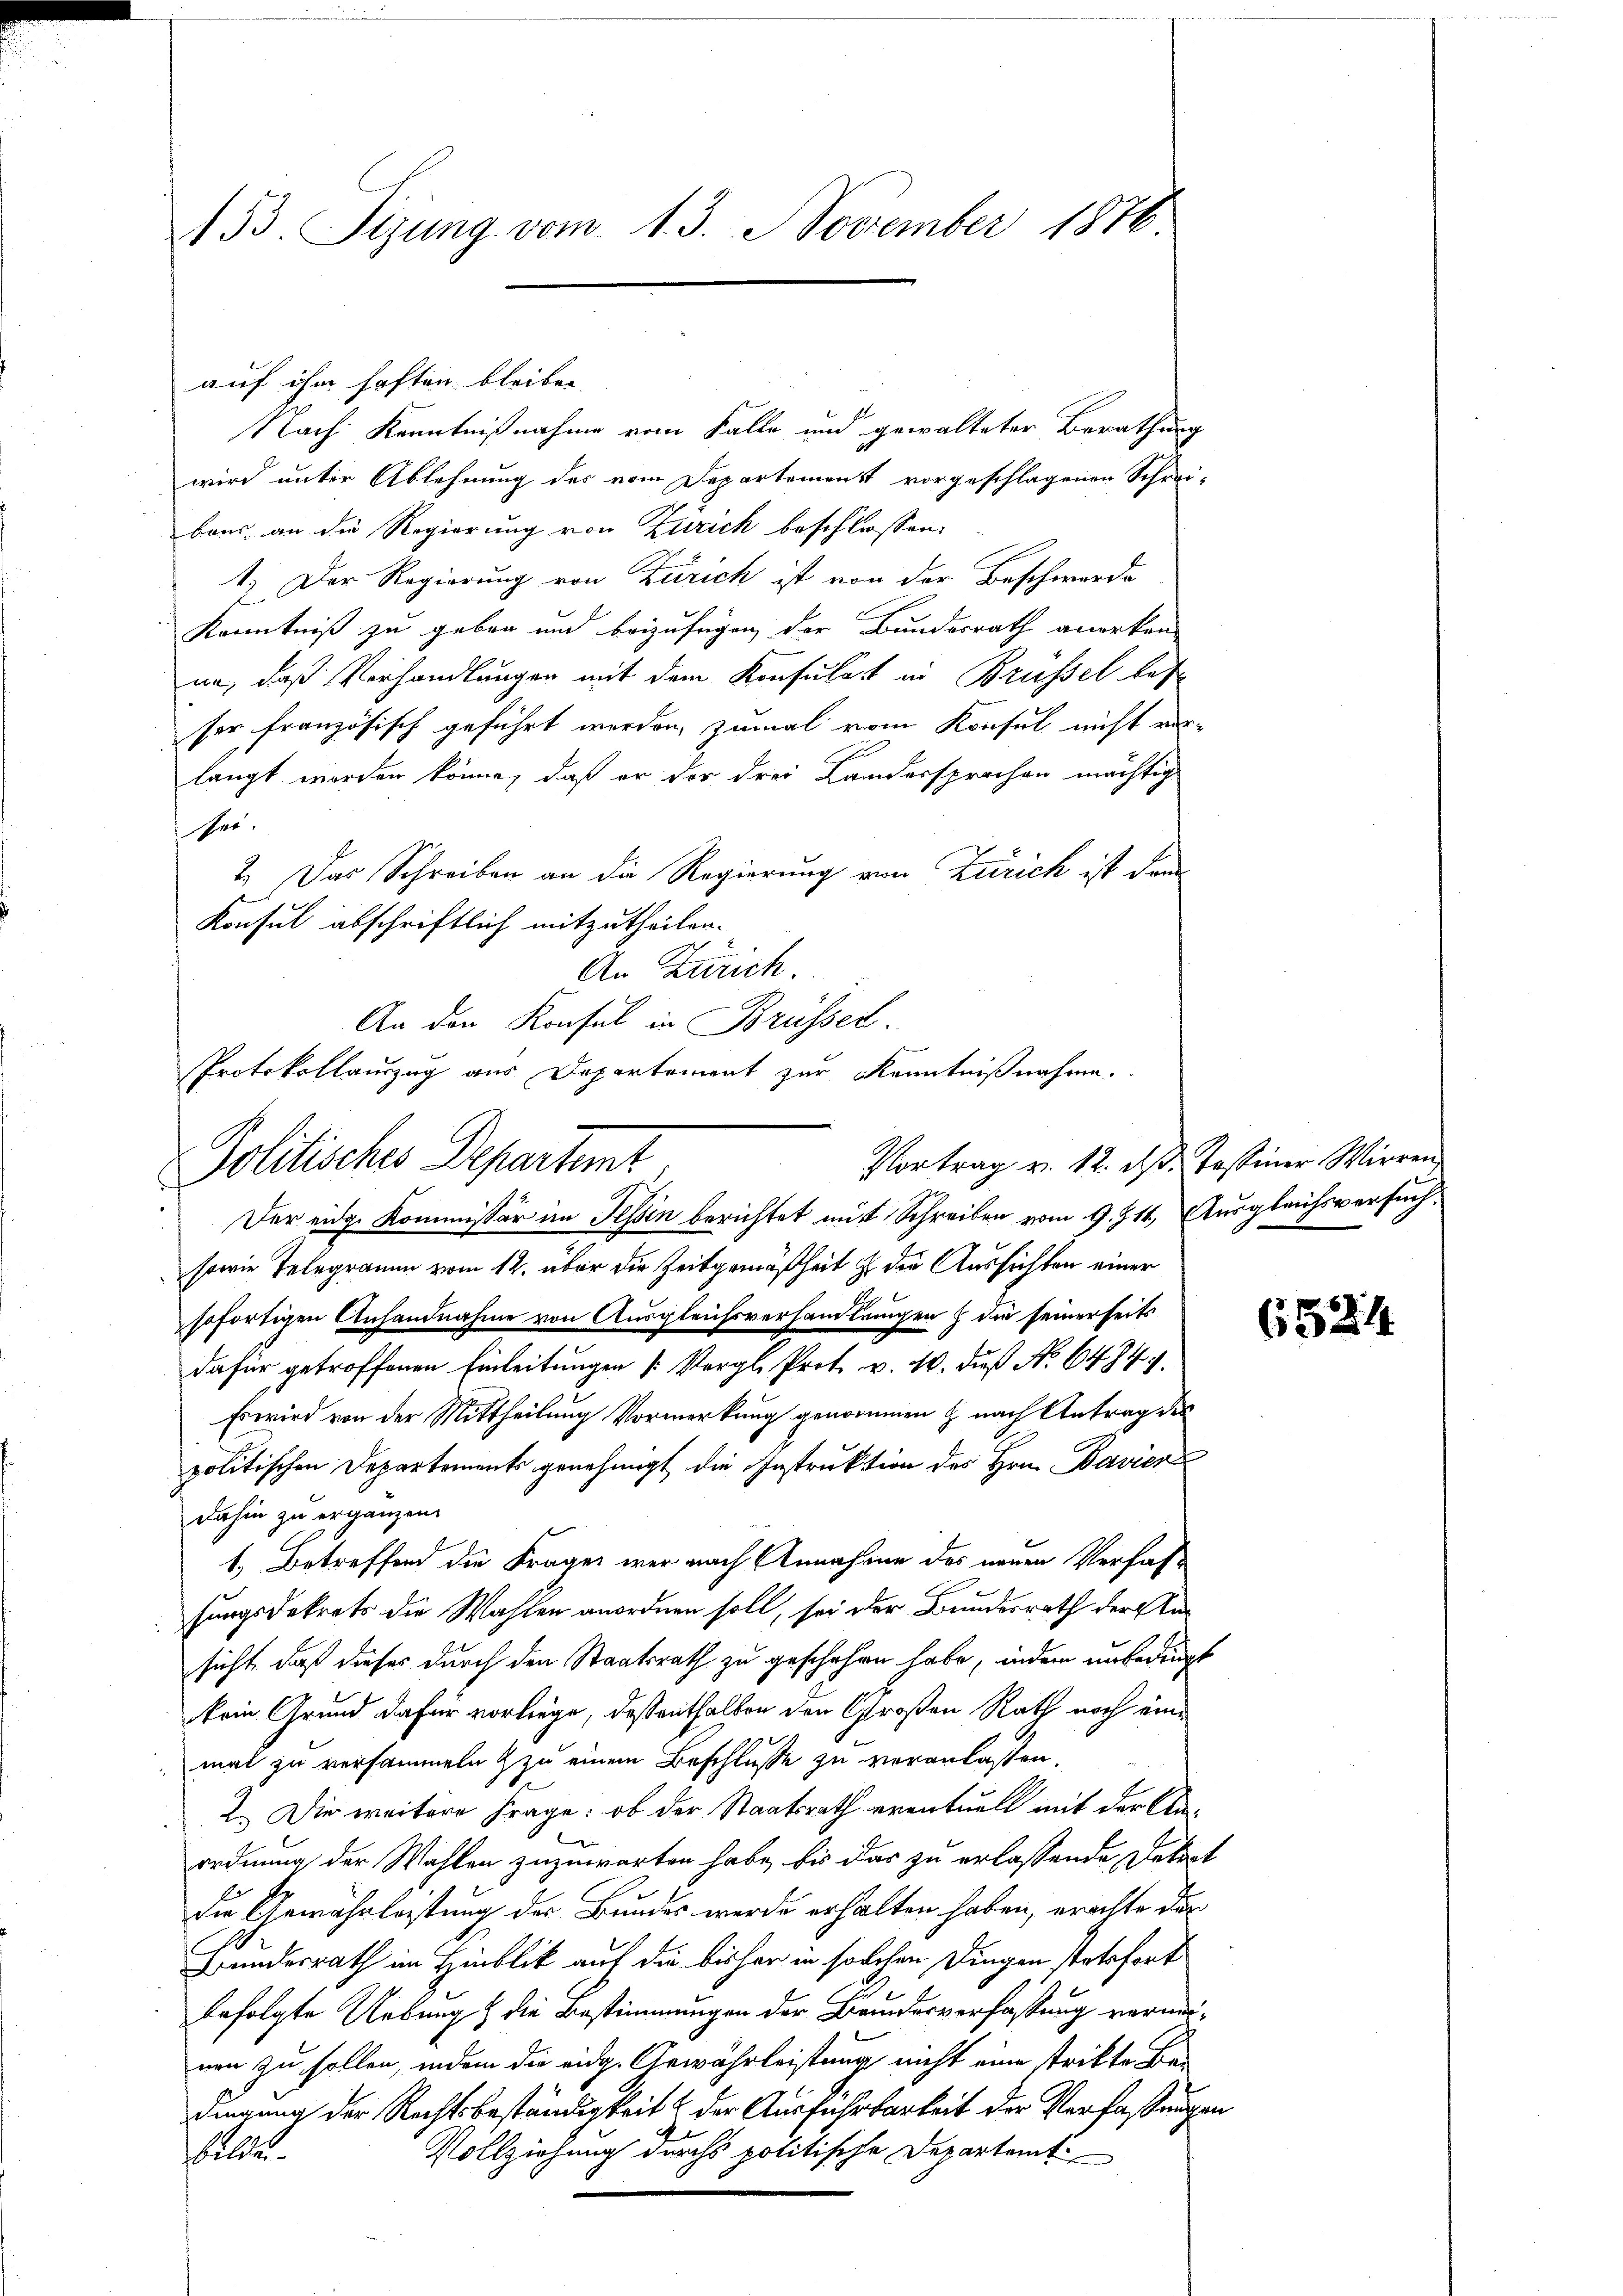
153. Tijung vom 13. November 1876

Nach Kenntnißnahme vom Falle und gewalteter Berathung
wird unter Ablehnung des vom Departemenst vorgeschlagenen Schrei-
baus an die Regierung von Zürich beschlossen:
1. Der Regierung von Zürich ist von der Beschwerde
Kenntniß zu geben und beizufügen der Bundesrath anerken-
ne, daß Vorhandlungen mit dem Konsulat in Brüssel les
ser französisch geführt werden, zumal vom Konsul nicht ver-
langt worden könne, daß er der drei Landersprochen mächtig
her.
2.) Das Schreiben an die Regierung von Zürich ist dann
Konsul abschriftlich mitzutheilen.
An Zürich
An den Konsul in Brüsser.
Protokollauszug aus Departement zur Kenntnißnahme.

auf ihm haften bleiben.

Vortrag v. 12. ds. Testiner Wirren
Politisches Departemt

Der eidg. Kommissär im Tessin berichtet mit Schreiben vom 9. J1t Ausgleichsversuch,
sowie Telegramm vom 12. über die Zeitgemäßheit zu die Aussichten einer
sofortigen Anhandnahme von Ausgleichsverhandlungen & die seinerseits
dafür getroffenen Einleitungen [Vergl. Prot. v. 10. dieß No 64747.
Es wird von der Mittheilung Vormerkung genommen & nach Antrag des
politischen Departements genehmigt die Instruktion des Hrn. Bavier
dahin zu ergänzen.
1.) Betreffend die Frages war nach Annahme des neuen Verfassungsdekrets die Wahlen anordnen soll, sei der Bundesrath der Ansicht, daß dieses durch den Staatsrath zu geschehen habe, indem unbedingt
kein Grund dafür vorliege, deßenthalben den Großen Rath noch eine
mal zu versammeln & zu einem Beschlusse zu veranlassen.
2. Die weitere Frage: ob der Staatsrath eventuell mit der Anordnung der Wahlen zuzuwarten habe, bis das zu erlassende Dekort
die Gewährleistung der Bundes werde erhalten haben, erachte der
Bundesrath im Hinblick auf die bisher in solchen Dingen stetsfort
befolgte Uebung & die Bestimmungen der Bundesverfassung vermeinen zu sollen, indem die eidg. Gewährleistung nicht eine strikte Bedingung der Rechtsbeständigkeit & der Ausführbarkeit der Verfassungen
Vollziehung durchs politische Departamt
bilde

6524